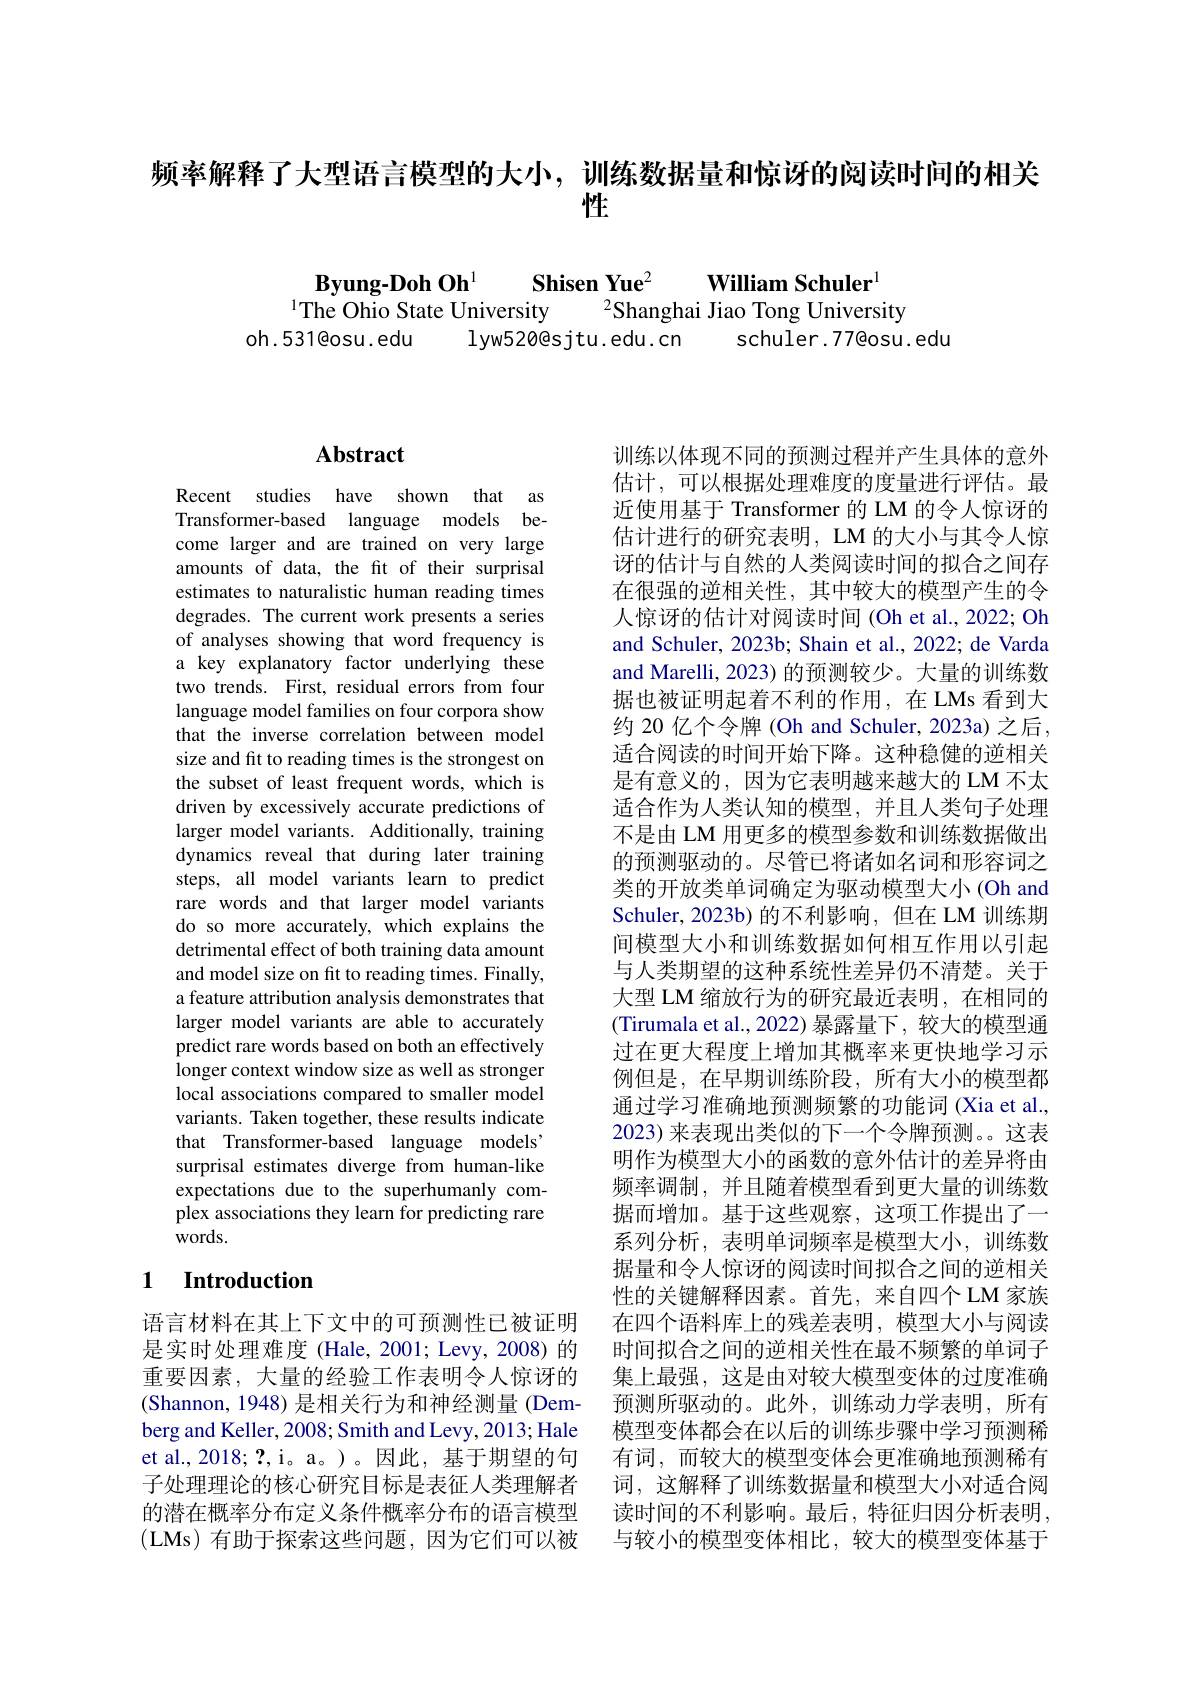
频率解释了大型语言模型的大小，训练数据量和惊讶的阅读时间的相关
性

Byung-Doh Oh$^{1}$ Shisen Yue$^2$ William Schuler$^{1}$
1The Ohio State University 2Shanghai Jiao Tong University
oh.531@osu.edu lyw520@sjtu.edu.cn schuler.77@osu.edu

## Abstract

Recent studies have shown that as Transformer-based language models become larger and are trained on very large amounts of data, the fit of their surprisal estimates to naturalistic human reading times degrades. The current work presents a series of analyses showing that word frequency is a key explanatory factor underlying these two trends. First, residual errors from four language model families on four corpora show that the inverse correlation between model size and fit to reading times is the strongest on the subset of least frequent words, which is driven by excessively accurate predictions of larger model variants. Additionally, training dynamics reveal that during later training steps, all model variants learn to predict rare words and that larger model variants do so more accurately, which explains the detrimental effect of both training data amount and model size on fit to reading times. Finally, a feature attribution analysis demonstrates that larger model variants are able to accurately predict rare words based on both an effectively longer context window size as well as stronger local associations compared to smaller model variants. Taken together, these results indicate that Transformer-based language models" surprisal estimates diverge from human-like expectations due to the superhumanly complex associations they learn for predicting rare words.

### 1 $\textbf{Introduction}$

语言材料在其上下文中的可预测性已被证明是实时处理难度 (Hale, 2001; Levy, 2008) 的重要因素，大量的经验工作表明令人惊讶的(Shannon, 1948) 是相关行为和神经测量 (Demberg and Keller, 2008; Smith and Levy, 2013; Hale et al.,2018; ?, i。a。)。因此，基于期望的句子处理理论的核心研究目标是表征人类理解者的潜在概率分布定义条件概率分布的语言模型(LMs)有助于探索这些问题，因为它们可以被

训练以体现不同的预测过程并产生具体的意外估计，可以根据处理难度的度量进行评估。最近使用基于 Transformer 的 LM 的令人惊讶的估计进行的研究表明，LM 的大小与其令人惊讶的估计与自然的人类阅读时间的拟合之间存在很强的逆相关性，其中较大的模型产生的令人惊讶的估计对阅读时间 (Oh et al., 2022; Oh and Schuler, 2023b; Shain et al., 2022; de Varda and Marelli, 2023) 的预测较少。大量的训练数据也被证明起着不利的作用，在 LMs 看到大约 20 亿个令牌 (Oh and Schuler, 2023a) 之后， 适合阅读的时间开始下降。这种稳健的逆相关是有意义的，因为它表明越来越大的 LM 不太适合作为人类认知的模型，并且人类句子处理不是由 LM 用更多的模型参数和训练数据做出的预测驱动的。尽管已将诸如名词和形容词之类的开放类单词确定为驱动模型大小(Oh and Schuler,2023b)的不利影响，但在 LM 训练期间模型大小和训练数据如何相互作用以引起与人类期望的这种系统性差异仍不清楚。关于大型 LM 缩放行为的研究最近表明，在相同的(Tirumala et al., 2022) 暴露量下，较大的模型通过在更大程度上增加其概率来更快地学习示例但是，在早期训练阶段，所有大小的模型都通过学习准确地预测频繁的功能词(Xia et al., 2023) 来表现出类似的下一个令牌预测。。这表明作为模型大小的函数的意外估计的差异将由频率调制，并且随着模型看到更大量的训练数据而增加。基于这些观察，这项工作提出了一系列分析，表明单词频率是模型大小，训练数据量和令人惊讶的阅读时间拟合之间的逆相关性的关键解释因素。首先，来自四个LM 家族在四个语料库上的残差表明，模型大小与阅读时间拟合之间的逆相关性在最不频繁的单词子集上最强，这是由对较大模型变体的过度准确预测所驱动的。此外，训练动力学表明，所有模型变体都会在以后的训练步骤中学习预测稀有词，而较大的模型变体会更准确地预测稀有词，这解释了训练数据量和模型大小对适合阅读时间的不利影响。最后，特征归因分析表明， 与较小的模型变体相比，较大的模型变体基于